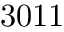
3 0 1 1